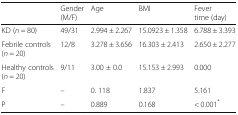
<table><thead><tr><td></td><td><b>Gender (M/F)</b></td><td><b>Age</b></td><td><b>BMI</b></td><td><b>Fever time (day)</b></td></tr></thead><tbody><tr><td>KD (<i>n</i> = 80)</td><td>49/31</td><td>2.994 ± 2.267</td><td>15.0923 ± 1.358</td><td>6.788 ± 3.393</td></tr><tr><td>Febrile controls (<i>n</i> = 20)</td><td>12/8</td><td>3.278 ± 3.656</td><td>16.303 ± 2.413</td><td>2.650 ± 2.277</td></tr><tr><td>Healthy controls (<i>n</i> = 20)</td><td>9/11</td><td>3.00 ± 0.0</td><td>15.153 ± 2.993</td><td>0.000</td></tr><tr><td>F</td><td>–</td><td>0. 118</td><td>1.837</td><td>5.161</td></tr><tr><td>P</td><td>–</td><td>0.889</td><td>0.168</td><td>&lt; 0.001<sup>*</sup></td></tr></tbody></table>